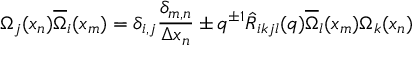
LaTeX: \Omega _ { j } ( x _ { n } ) \overline { { { \Omega } } } _ { i } ( x _ { m } ) = \delta _ { i , j } \frac { \delta _ { m , n } } { \Delta x _ { n } } \pm q ^ { \pm 1 } \hat { { \cal R } } _ { i k j l } ( q ) \overline { { { \Omega } } } _ { l } ( x _ { m } ) \Omega _ { k } ( x _ { n } )